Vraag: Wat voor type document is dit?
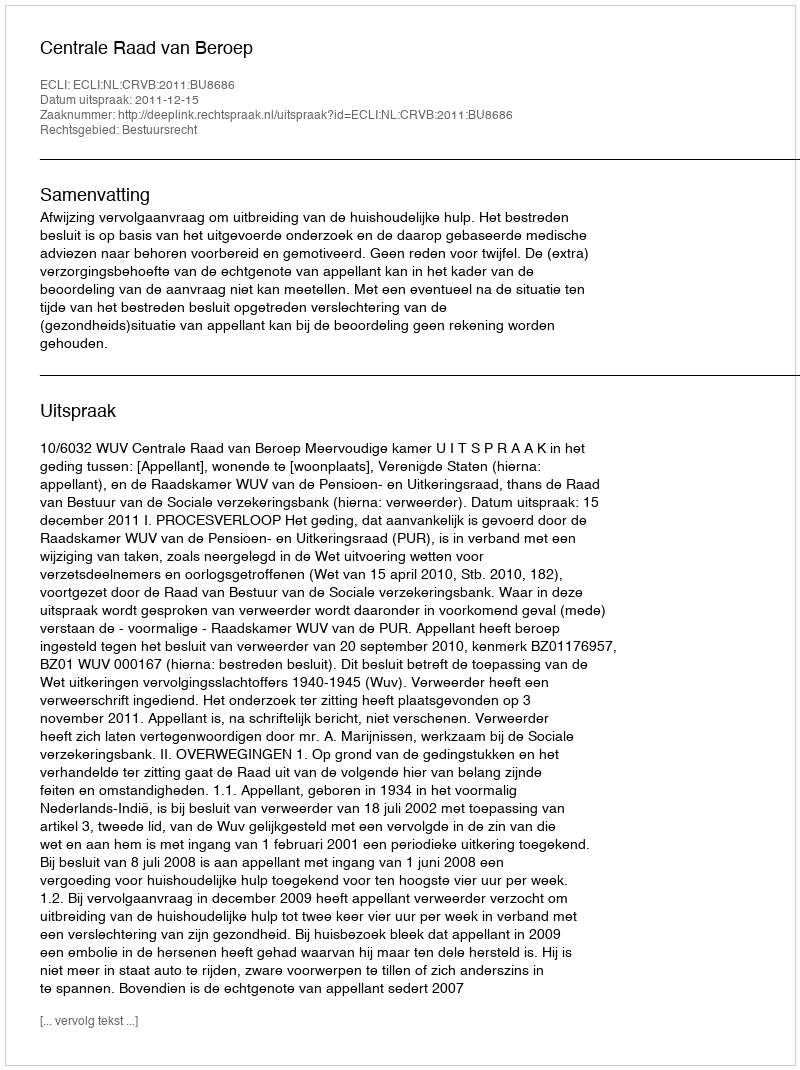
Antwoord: Uitspraak